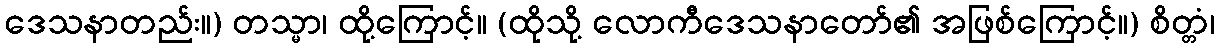
ဒေသနာတည်း။) တသ္မာ၊ ထို့ကြောင့်။ (ထိုသို့ လောကီဒေသနာတော်၏ အဖြစ်ကြောင့်။) စိတ္တံ၊